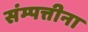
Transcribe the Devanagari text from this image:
संम्पत्तीना